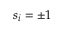
s _ { i } = \pm 1